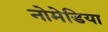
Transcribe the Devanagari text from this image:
नोमेडिया